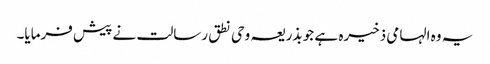
یہ وہ الہامی ذخیرہ ہے جو بذریعہ وحی نطق رسالت نے پیش فرمایا۔